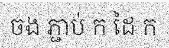
ចង ភ្ជាប់ ក ដៃ ក